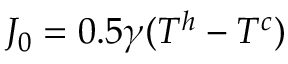
J _ { 0 } = 0 . 5 \gamma ( T ^ { h } - T ^ { c } )